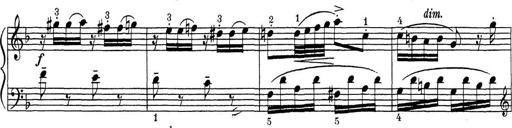
Title: ÄŒeskÃ© Sonatiny
Composer: Various